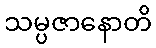
သမ္ပဇာနောတိ